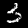
Digit: 3